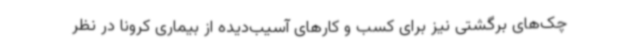
چک‌های برگشتی نیز برای کسب و کارهای آسیب‌دیده از بیماری کرونا در نظر